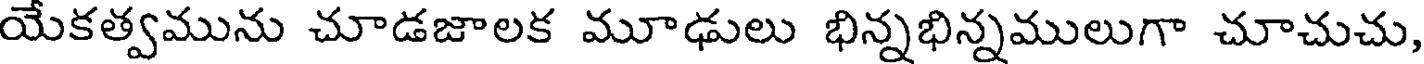
యేకత్వమును చూడజాలక మూఢులు భిన్నభిన్నములుగా చూచుచు,